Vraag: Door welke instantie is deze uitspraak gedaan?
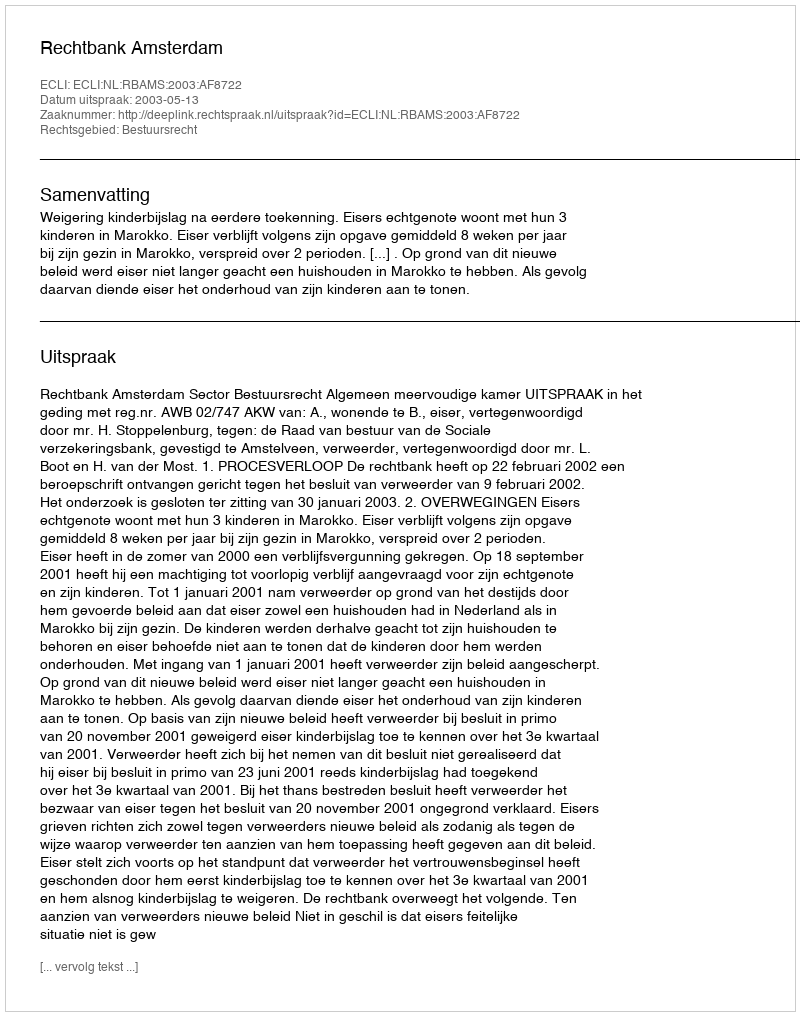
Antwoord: Rechtbank Amsterdam